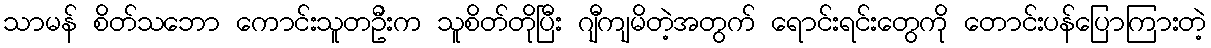
သာမန် စိတ်သဘော ကောင်းသူတဦးက သူစိတ်တိုပြီး ဂျီကျမိတဲ့အတွက် ရောင်းရင်းတွေကို တောင်းပန်ပြောကြားတဲ့